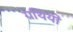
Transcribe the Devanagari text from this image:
ग्रथियों